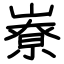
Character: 嶚